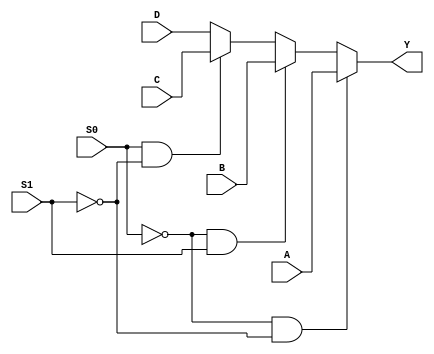
`timescale 1ns / 1ps
//////////////////////////////////////////////////////////////////////////////////
// Company: 
// Engineer: 
// 
// Design Name: 
// Module Name: mux
// Project Name: 
// Target Devices: 
// Tool Versions: 
// Description: 
// 
// Dependencies: 
// 
// Revision:
// Revision 0.01 - File Created
// Additional Comments:
// 
//////////////////////////////////////////////////////////////////////////////////


module mux(
    S1,S0,A,B,C,D,Y
    );
    input S1,S0,A,B,C,D;
    output reg Y;
    
    always@(A,B,C,D,S1,S0)
        begin
            if (~S0 && ~S1)
                Y = A;
            else if(~S0 && S1)
                Y = B;
            else if(S0 && ~S1)
                Y = C;
            else
                Y = D;
        end
endmodule